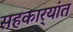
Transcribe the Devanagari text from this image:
सहकार्‍यांत